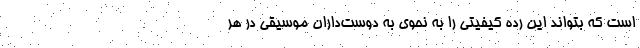
است که بتواند این رده کیفیتی را به نحوی به دوست‌داران موسیقی در هر